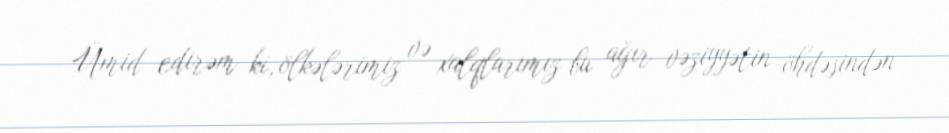
Ümid edirəm ki, ölkələrimiz və xalqlarımız bu ağır vəziyyətin öhdəsindən